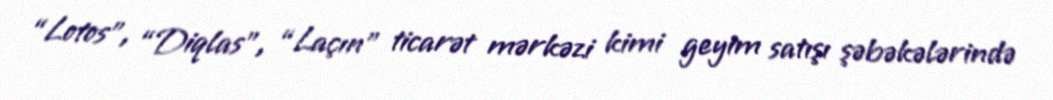
“Lotos”, “Diqlas”, “Laçın” ticarət mərkəzi kimi geyim satışı şəbəkələrində